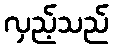
လှည့်သည်